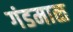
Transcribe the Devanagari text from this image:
गंडमाळ